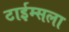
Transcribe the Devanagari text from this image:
टाईम्सला